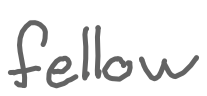
Text: fellow
Cross-out: clean
Writing tool: digital_gray